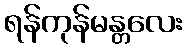
ရန်ကုန်မန္တလေး